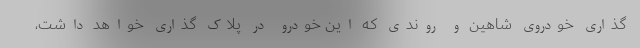
گذاری خودروی شاهین و روندی که این خودرو در پلاک گذاری خواهد داشت،